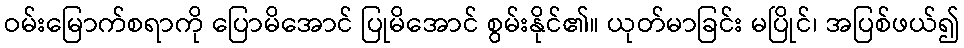
ဝမ်းမြောက်စရာကို ပြောမိအောင် ပြုမိအောင် စွမ်းနိုင်၏။ ယုတ်မာခြင်း မပြိုင်၊ အပြစ်ဖယ်၍